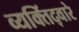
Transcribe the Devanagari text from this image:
व्यक्तिंद्वारे